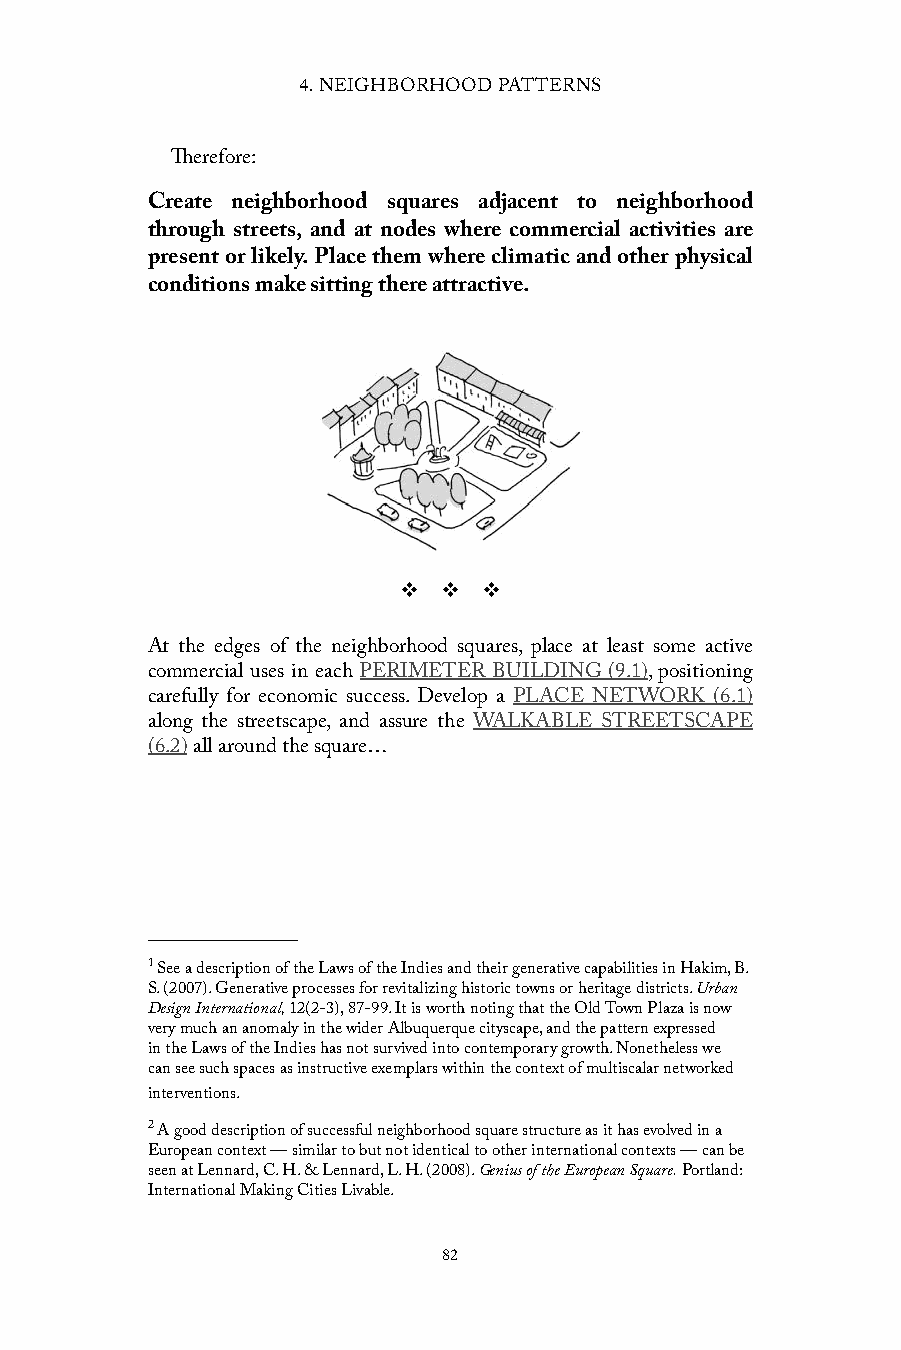
4. NEIGHBORHOOD PATTERNS
 Therefore:
 Create neighborhood squares adjacent to neighborhood
 through streets, and at nodes where commercial activities are
 present or likely. Place them where climatic and other physical
 conditions make sitting there attractive.
 v  v  v
 At the edges of the neighborhood squares, place at least some active
 commercial uses in each PERIMETER BUILDING (9.1), positioning
 carefully for economic success. Develop a PLACE NETWORK (6.1)
 along the streetscape, and assure the WALKABLE STREETSCAPE
 (6.2) all around the square…
 1 See a description of the Laws of the Indies and their generative capabilities in Hakim, B.
 S. (2007). Generative processes for revitalizing historic towns or heritage districts. Urban
 Design International, 12(2-3), 87-99. It is worth noting that the Old Town Plaza is now
 very much an anomaly in the wider Albuquerque cityscape, and the pattern expressed
 in the Laws of the Indies has not survived into contemporary growth. Nonetheless we
 can see such spaces as instructive exemplars within the context of multiscalar networked
 interventions.
 2 A good description of successful neighborhood square structure as it has evolved in a
 European context — similar to but not identical to other international contexts — can be
 seen at Lennard, C. H. & Lennard, L. H. (2008). Genius of the European Square. Portland:
 International Making Cities Livable.
 82